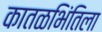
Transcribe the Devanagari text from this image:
कातळभिंतिला